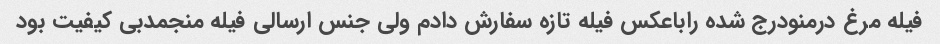
فیله مرغ درمنودرج شده راباعکس فیله تازه سفارش دادم ولی جنس ارسالی فیله منجمدبی کیفیت بود